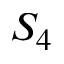
S _ { 4 }